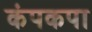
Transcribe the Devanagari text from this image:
कंपकपा